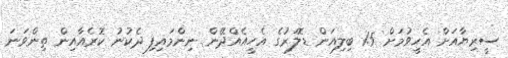
ސީރިޔާއަށް އެހީވުމަށް 1.5 ބިލިއަން ޑޮލަރުގެ އެހީއެއްދޭން ނިންމައިފި ދެކުނު ކޮރެއާއިން ތިންވަނަ